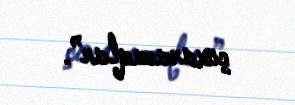
çıxaracaqlar”.